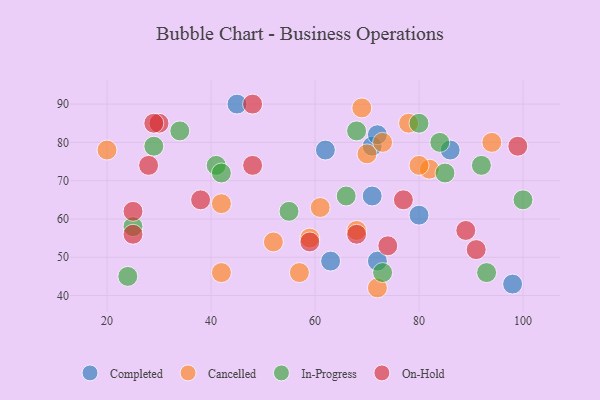
{"axis": {"x": "GDP", "y": "Life Expectancy"}, "legend": ["Cancelled", "Completed", "In-Progress", "On-Hold"], "data": [{"x": "80", "y": 61, "type": "Completed"}, {"x": "72", "y": 49, "type": "Completed"}, {"x": "62", "y": 78, "type": "Completed"}, {"x": "45", "y": 90, "type": "Completed"}, {"x": "63", "y": 49, "type": "Completed"}, {"x": "71", "y": 79, "type": "Completed"}, {"x": "86", "y": 78, "type": "Completed"}, {"x": "98", "y": 43, "type": "Completed"}, {"x": "71", "y": 66, "type": "Completed"}, {"x": "72", "y": 82, "type": "Completed"}, {"x": "57", "y": 46, "type": "Cancelled"}, {"x": "42", "y": 46, "type": "Cancelled"}, {"x": "42", "y": 64, "type": "Cancelled"}, {"x": "61", "y": 63, "type": "Cancelled"}, {"x": "78", "y": 85, "type": "Cancelled"}, {"x": "94", "y": 80, "type": "Cancelled"}, {"x": "72", "y": 42, "type": "Cancelled"}, {"x": "82", "y": 73, "type": "Cancelled"}, {"x": "52", "y": 54, "type": "Cancelled"}, {"x": "20", "y": 78, "type": "Cancelled"}, {"x": "68", "y": 57, "type": "Cancelled"}, {"x": "69", "y": 89, "type": "Cancelled"}, {"x": "59", "y": 55, "type": "Cancelled"}, {"x": "70", "y": 77, "type": "Cancelled"}, {"x": "73", "y": 80, "type": "Cancelled"}, {"x": "80", "y": 74, "type": "Cancelled"}, {"x": "41", "y": 74, "type": "In-Progress"}, {"x": "100", "y": 65, "type": "In-Progress"}, {"x": "93", "y": 46, "type": "In-Progress"}, {"x": "85", "y": 72, "type": "In-Progress"}, {"x": "42", "y": 72, "type": "In-Progress"}, {"x": "34", "y": 83, "type": "In-Progress"}, {"x": "68", "y": 83, "type": "In-Progress"}, {"x": "73", "y": 46, "type": "In-Progress"}, {"x": "25", "y": 58, "type": "In-Progress"}, {"x": "92", "y": 74, "type": "In-Progress"}, {"x": "66", "y": 66, "type": "In-Progress"}, {"x": "55", "y": 62, "type": "In-Progress"}, {"x": "84", "y": 80, "type": "In-Progress"}, {"x": "80", "y": 85, "type": "In-Progress"}, {"x": "24", "y": 45, "type": "In-Progress"}, {"x": "29", "y": 79, "type": "In-Progress"}, {"x": "25", "y": 62, "type": "On-Hold"}, {"x": "91", "y": 52, "type": "On-Hold"}, {"x": "59", "y": 54, "type": "On-Hold"}, {"x": "30", "y": 85, "type": "On-Hold"}, {"x": "74", "y": 53, "type": "On-Hold"}, {"x": "48", "y": 74, "type": "On-Hold"}, {"x": "28", "y": 74, "type": "On-Hold"}, {"x": "99", "y": 79, "type": "On-Hold"}, {"x": "68", "y": 56, "type": "On-Hold"}, {"x": "38", "y": 65, "type": "On-Hold"}, {"x": "25", "y": 56, "type": "On-Hold"}, {"x": "89", "y": 57, "type": "On-Hold"}, {"x": "29", "y": 85, "type": "On-Hold"}, {"x": "77", "y": 65, "type": "On-Hold"}, {"x": "48", "y": 90, "type": "On-Hold"}]}